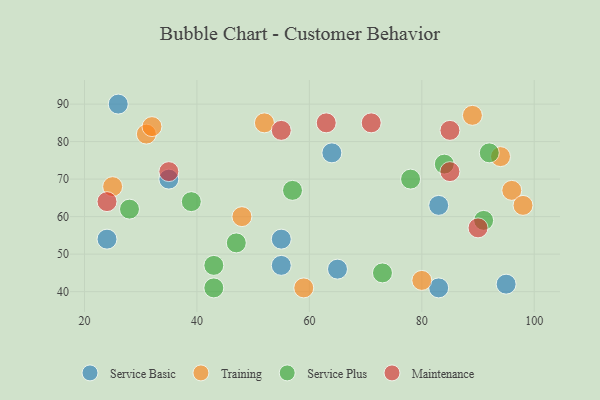
{"axis": {"x": "GDP", "y": "Life Expectancy"}, "legend": ["Maintenance", "Service Basic", "Service Plus", "Training"], "data": [{"x": "55", "y": 54, "type": "Service Basic"}, {"x": "26", "y": 90, "type": "Service Basic"}, {"x": "55", "y": 47, "type": "Service Basic"}, {"x": "65", "y": 46, "type": "Service Basic"}, {"x": "35", "y": 70, "type": "Service Basic"}, {"x": "95", "y": 42, "type": "Service Basic"}, {"x": "83", "y": 41, "type": "Service Basic"}, {"x": "83", "y": 63, "type": "Service Basic"}, {"x": "64", "y": 77, "type": "Service Basic"}, {"x": "24", "y": 54, "type": "Service Basic"}, {"x": "96", "y": 67, "type": "Training"}, {"x": "31", "y": 82, "type": "Training"}, {"x": "32", "y": 84, "type": "Training"}, {"x": "52", "y": 85, "type": "Training"}, {"x": "89", "y": 87, "type": "Training"}, {"x": "94", "y": 76, "type": "Training"}, {"x": "25", "y": 68, "type": "Training"}, {"x": "80", "y": 43, "type": "Training"}, {"x": "59", "y": 41, "type": "Training"}, {"x": "98", "y": 63, "type": "Training"}, {"x": "48", "y": 60, "type": "Training"}, {"x": "84", "y": 74, "type": "Service Plus"}, {"x": "43", "y": 41, "type": "Service Plus"}, {"x": "78", "y": 70, "type": "Service Plus"}, {"x": "39", "y": 64, "type": "Service Plus"}, {"x": "43", "y": 47, "type": "Service Plus"}, {"x": "91", "y": 59, "type": "Service Plus"}, {"x": "57", "y": 67, "type": "Service Plus"}, {"x": "92", "y": 77, "type": "Service Plus"}, {"x": "47", "y": 53, "type": "Service Plus"}, {"x": "73", "y": 45, "type": "Service Plus"}, {"x": "28", "y": 62, "type": "Service Plus"}, {"x": "63", "y": 85, "type": "Maintenance"}, {"x": "71", "y": 85, "type": "Maintenance"}, {"x": "85", "y": 72, "type": "Maintenance"}, {"x": "35", "y": 72, "type": "Maintenance"}, {"x": "90", "y": 57, "type": "Maintenance"}, {"x": "55", "y": 83, "type": "Maintenance"}, {"x": "24", "y": 64, "type": "Maintenance"}, {"x": "85", "y": 83, "type": "Maintenance"}]}